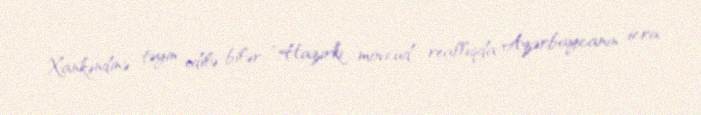
Xankəndinə təyin edilə bilər: “Hazırkı mövcud reallıqda Azərbaycanın icra